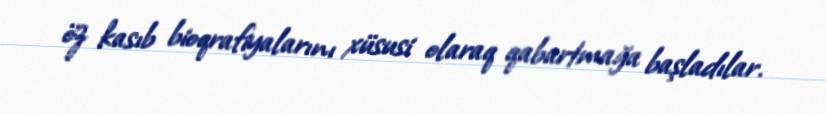
öz kasıb bioqrafiyalarını xüsusi olaraq qabartmağa başladılar.